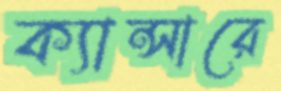
ক্যান্সারে